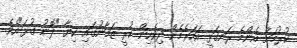
ކުރުމަށް އެންމެ ރަނގަޅީ އަހަރެމެން ދިވެހިން ކުރީ ޒަމާނުގައި ކިޔާ "ލޮނު ގުޅަ"އެވެ.